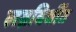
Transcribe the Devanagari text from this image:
लग्नविधींत